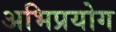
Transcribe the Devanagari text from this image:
अभिप्रयोग